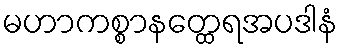
မဟာကစ္စာနတ္ထေရအပဒါနံ